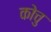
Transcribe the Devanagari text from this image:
कोचु